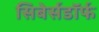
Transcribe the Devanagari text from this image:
सिबेर्सडॉर्फ